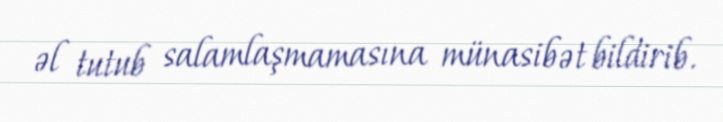
əl tutub salamlaşmamasına münasibət bildirib.